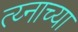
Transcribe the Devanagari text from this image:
त्य्नाच्या